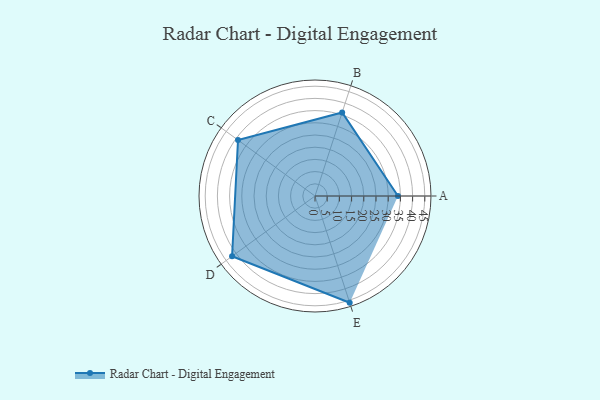
{"axis": {"x": "Skill", "y": "Score"}, "legend": ["Profile"], "data": [{"x": "A", "y": 34.0, "type": "Profile"}, {"x": "B", "y": 36.0, "type": "Profile"}, {"x": "C", "y": 39.0, "type": "Profile"}, {"x": "D", "y": 42.0, "type": "Profile"}, {"x": "E", "y": 46.0, "type": "Profile"}]}